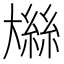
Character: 𫯼